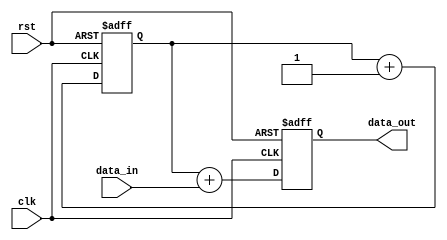
module GenerateTask (
    input clk,
    input rst,
    input [7:0] data_in,
    output reg [7:0] data_out
);

reg [7:0] internal_reg;

always @(posedge clk or posedge rst) begin
    if (rst) begin
        internal_reg <= 8'b0;
        data_out <= 8'b0;
    end else begin
        internal_reg <= internal_reg + 1;
        data_out <= internal_reg + data_in;
    end
end

// Specify timing requirement
// for example:
always @(posedge clk) begin
    // Insert timing constraints here
end

endmodule